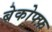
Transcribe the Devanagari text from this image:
बेकोफ्फ़